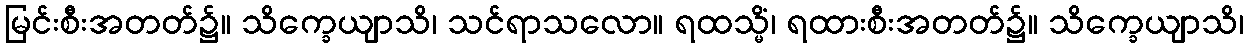
မြင်းစီးအတတ်၌။ သိက္ခေယျာသိ၊ သင်ရာသလော။ ရထသ္မိံ၊ ရထားစီးအတတ်၌။ သိက္ခေယျာသိ၊